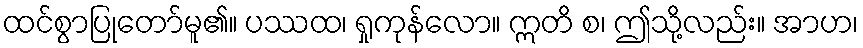
ထင်စွာပြုတော်မူ၏။ ပဿထ၊ ရှုကုန်လော။ ဣတိ စ၊ ဤသို့လည်း။ အာဟ၊